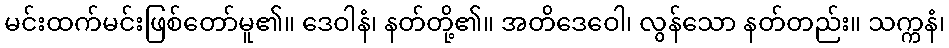
မင်းထက်မင်းဖြစ်တော်မူ၏။ ဒေဝါနံ၊ နတ်တို့၏။ အတိဒေဝေါ၊ လွန်သော နတ်တည်း။ သက္ကနံ၊